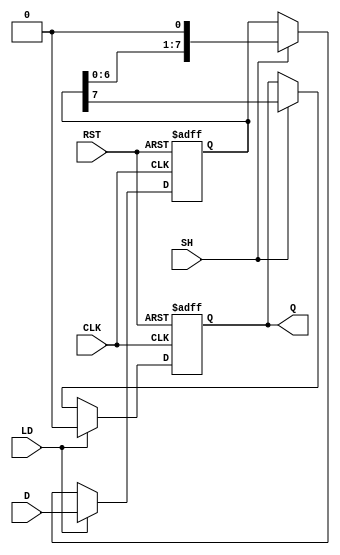
module dynamic_piso_register #(
    parameter WIDTH = 8  // Width of the register
)(
    input wire [WIDTH-1:0] D,  // Parallel data input lines
    input wire LD,              // Load signal
    input wire SH,              // Shift signal
    input wire CLK,             // Clock signal
    input wire RST,             // Reset signal
    output reg Q               // Serial output
);

    // Internal registers to hold the data
    reg [WIDTH-1:0] shift_reg;

    // Reset and Load operations
    always @(posedge CLK or posedge RST) begin
        if (RST) begin
            // Reset the shift register to zero
            shift_reg <= 0;
            Q <= 1'b0; // Set output to a known state (e.g., zero)
        end else if (LD) begin
            // Load the parallel data into the shift register
            shift_reg <= D;
            Q <= 1'b0; // Clear output when loading
        end else if (SH) begin
            // Shift the register and update the output
            Q <= shift_reg[WIDTH-1]; // Output MSB to Q
            shift_reg <= {shift_reg[WIDTH-2:0], 1'b0}; // Shift left
        end
    end

endmodule